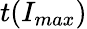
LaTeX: t(I_{max})